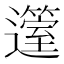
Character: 𨘲